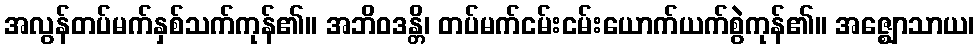
အလွန်တပ်မက်နှစ်သက်ကုန်၏။ အဘိဝဒန္တိ၊ တပ်မက်ငမ်းငမ်းယောက်ယက်စွဲကုန်၏။ အဇ္ဈောသာယ၊